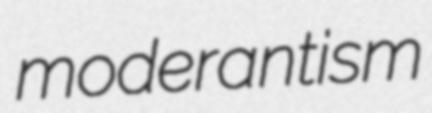
moderantism